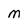
Character: M